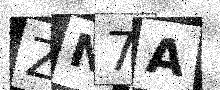
Text: ZN7A